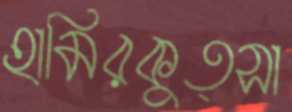
হামিরকুত্সা